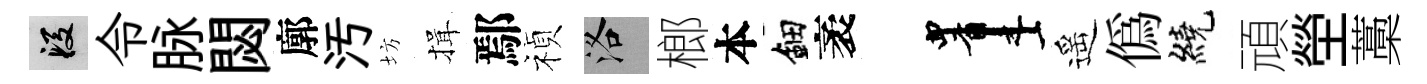
段令脉閟廓汚坊揖鄢禎洛榔本鈿袤画遥偽繞頑塋藁